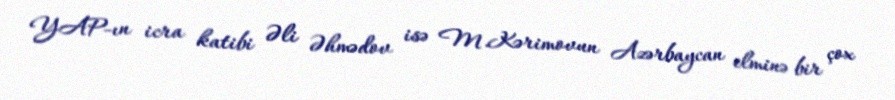
YAP-ın icra katibi Əli Əhmədov isə M.Kərimovun Azərbaycan elminə bir çox